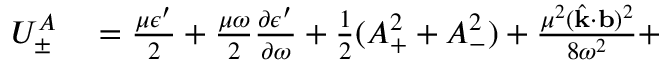
\begin{array} { r l } { U _ { \pm } ^ { A } } & { { } = \frac { \mu \epsilon ^ { \prime } } { 2 } + \frac { \mu \omega } { 2 } \frac { \partial \epsilon ^ { \prime } } { \partial \omega } + \frac { 1 } { 2 } ( A _ { + } ^ { 2 } + A _ { - } ^ { 2 } ) + \frac { \mu ^ { 2 } ( \hat { \bf { k } } \cdot { \bf { b } } ) ^ { 2 } } { 8 \omega ^ { 2 } } + } \end{array}